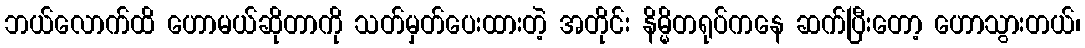
ဘယ်လောက်ထိ ဟောမယ်ဆိုတာကို သတ်မှတ်ပေးထားတဲ့ အတိုင်း နိမ္မိတရုပ်ကနေ ဆက်ပြီးတော့ ဟောသွားတယ်၊